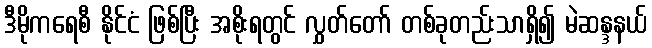
ဒီမိုကရေစီ နိုင်ငံ ဖြစ်ပြီး အစိုးရတွင် လွှတ်တော် တစ်ခုတည်းသာရှိ၍ မဲဆန္ဒနယ်